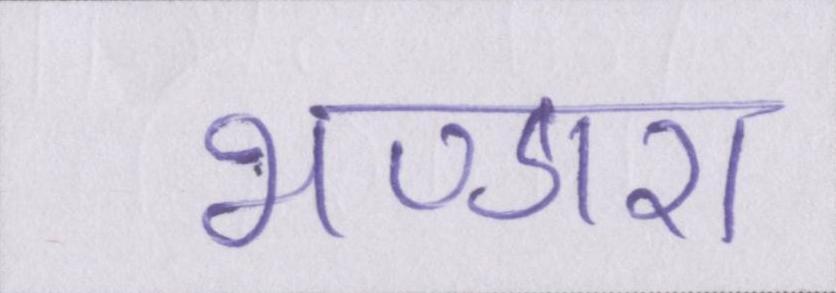
भण्डारा